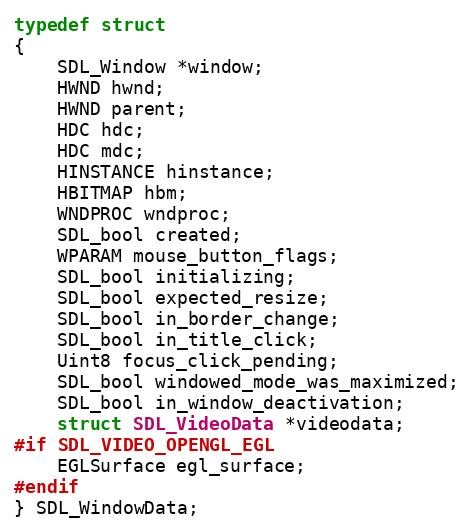
Language: C
typedef struct
{
    SDL_Window *window;
    HWND hwnd;
    HWND parent;
    HDC hdc;
    HDC mdc;
    HINSTANCE hinstance;
    HBITMAP hbm;
    WNDPROC wndproc;
    SDL_bool created;
    WPARAM mouse_button_flags;
    SDL_bool initializing;
    SDL_bool expected_resize;
    SDL_bool in_border_change;
    SDL_bool in_title_click;
    Uint8 focus_click_pending;
    SDL_bool windowed_mode_was_maximized;
    SDL_bool in_window_deactivation;
    struct SDL_VideoData *videodata;
#if SDL_VIDEO_OPENGL_EGL
    EGLSurface egl_surface;
#endif
} SDL_WindowData;